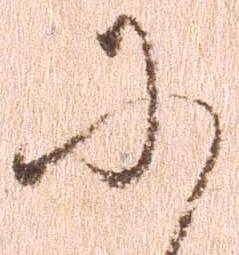
に